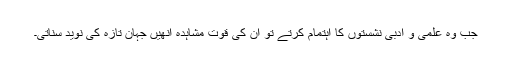
جب وہ علمی و ادبی نشستوں کا اہتمام کرتے تو ان کی قوت مشاہدہ انھیں جہان تازہ کی نوید سناتی۔